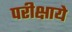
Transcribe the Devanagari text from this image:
परीक्षाये